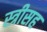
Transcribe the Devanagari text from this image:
स्त्रीसह